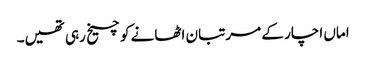
اماں اچار کے مرتبان اٹھانے کو چیخ رہی تھیں۔